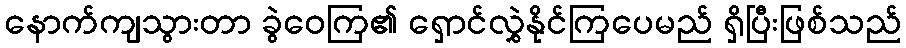
နောက်ကျသွားတာ ခွဲဝေကြ၏ ရှောင်လွှဲနိုင်ကြပေမည် ရှိပြီးဖြစ်သည်